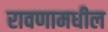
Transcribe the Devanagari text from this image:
रावणामधील